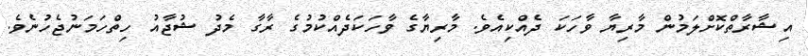
އިޝާރާތްކޮށްލަމުން މާރިޔާ ވާހަކަ ދެއްކިއެވެ. މާރިޔާގެ ވާހަކަދެއްކުމުގެ ރާގާ މެދު ޝުޖާއު ހިތްހަމަނުޖެހުނެވެ.